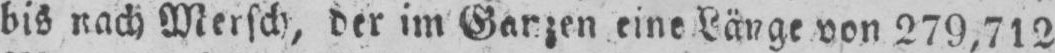
bis nach Mersch, der im Ganzen eine Länge von 279,712